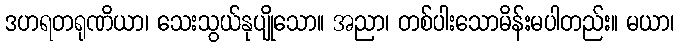
ဒဟရတရုဏိယာ၊ သေးသွယ်နုပျိုသော။ အညာ၊ တစ်ပါးသောမိန်းမပါတည်း။ မယာ၊